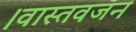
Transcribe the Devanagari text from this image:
।वास्तवजन